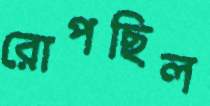
রোপছিল